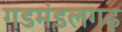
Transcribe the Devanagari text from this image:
गडमंडलगढ़